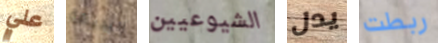
علي البديهة الشيوعيين يدل ربطت